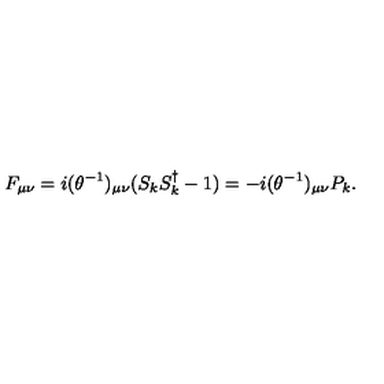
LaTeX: F _ { \mu \nu } = i ( \theta ^ { - 1 } ) _ { \mu \nu } ( S _ { k } S _ { k } ^ { \dagger } - 1 ) = - i ( \theta ^ { - 1 } ) _ { \mu \nu } P _ { k } .